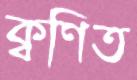
ক্বণিত